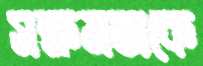
সক্ষমতাকে